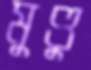
মুণ্ডু